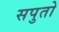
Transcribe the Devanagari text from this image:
सपुतो